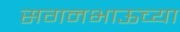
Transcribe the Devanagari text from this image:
सगनभाऊच्या